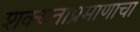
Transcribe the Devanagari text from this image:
शक्यताप्रमाणाचा